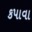
કપાવા